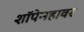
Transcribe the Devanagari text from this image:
शॉपेनहावर